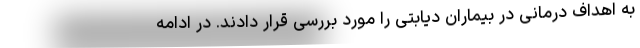
به اهداف درمانی در بیماران دیابتی را مورد بررسی قرار دادند. در ادامه